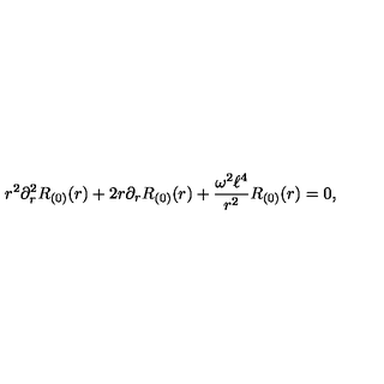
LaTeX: r ^ { 2 } \partial _ { r } ^ { 2 } R _ { ( 0 ) } ( r ) + 2 r \partial _ { r } R _ { ( 0 ) } ( r ) + \frac { \omega ^ { 2 } \ell ^ { 4 } } { r ^ { 2 } } R _ { ( 0 ) } ( r ) = 0 ,